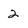
Character: 2